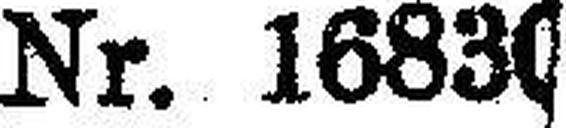
Nr. 16830